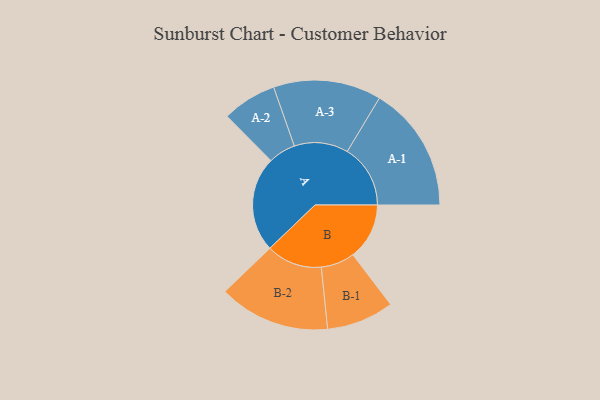
{"axis": {"x": "Segment", "y": "Value"}, "legend": ["", "A", "B"], "data": [{"x": "A", "y": 385, "type": ""}, {"x": "B", "y": 228, "type": ""}, {"x": "A-1", "y": 255, "type": "A"}, {"x": "A-2", "y": 110, "type": "A"}, {"x": "A-3", "y": 218, "type": "A"}, {"x": "B-1", "y": 136, "type": "B"}, {"x": "B-2", "y": 225, "type": "B"}]}